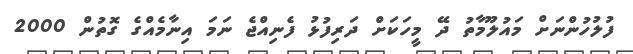
ފުލުހުންނަށް މައުލޫމާތު ދޭ މީހަކަށް ދަރިފުޅު ފެނިއްޖެ ނަމަ އިނާމެއްގެ ގޮތުން 2000